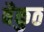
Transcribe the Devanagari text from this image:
बैकुठ